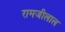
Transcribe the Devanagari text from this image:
रामजीलाल